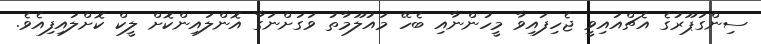
ސިންގަޕޫރުގެ އެޗްއައިވީ ޖެހިފައިވާ މީހުންނާއި ބެހޭ މައުލޫމާތު ވަގަށްނަގާ އޮންލައިންކޮށް ލީކް ކޮށްލައިފިއެވެ.